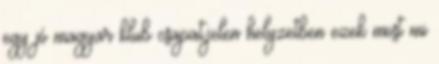
egy jó magyar klub csapat,jelen helyzetben ezek most mi